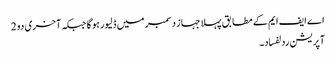
اے ایف ایم کے مطا بق پہلا جہاز دسمبر میں ڈلیور ہو گا جبکہ آخری دو 2
آپریشن ردلفساد۔